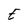
Character: E